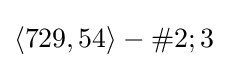
\langle 729,54\rangle -\#2;3